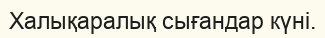
Халықаралық сығандар күні.